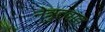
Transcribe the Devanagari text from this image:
नेत्रुत्वात